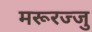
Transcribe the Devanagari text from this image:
मरूरज्जु